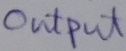
Text: OUTPUT